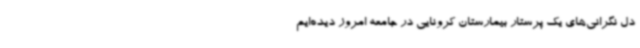
دل نگرانی‌های یک پرستار بیمارستان کرونایی در جامعه امروز دیده‌ایم